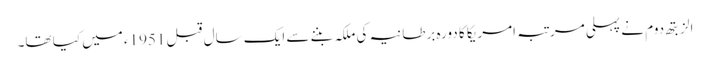
الزبتھ دوم نے پہلی مرتبہ امریکا کا دورہ برطانیہ کی ملکہ بننے سے ایک سال قبل 1951ء میں کیا تھا۔